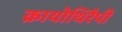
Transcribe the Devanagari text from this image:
क्रायोथिरैपी